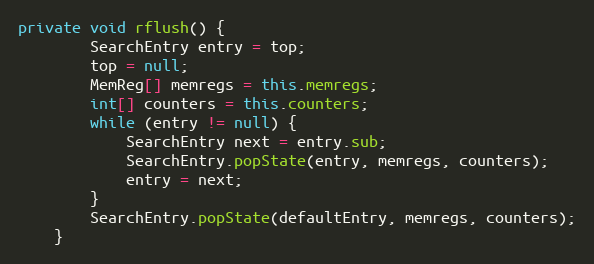
Language: Java
private void rflush() {
        SearchEntry entry = top;
        top = null;
        MemReg[] memregs = this.memregs;
        int[] counters = this.counters;
        while (entry != null) {
            SearchEntry next = entry.sub;
            SearchEntry.popState(entry, memregs, counters);
            entry = next;
        }
        SearchEntry.popState(defaultEntry, memregs, counters);
    }